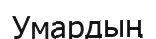
Умардың